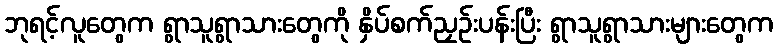
ဘုရင့်လူတွေက ရွာသူရွာသားတွေကို နှိပ်စက်ညှဉ်းပန်းပြီး ရွာသူရွာသားများတွေက